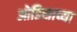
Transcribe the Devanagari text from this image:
ओडिसाच्या